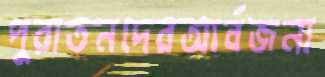
পুরাতনদেরআর্বজনা